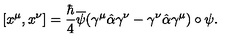
[ x ^ { \mu } , x ^ { \nu } ] = \frac { \hbar } { 4 } \overline { { \psi } } ( \gamma ^ { \mu } \hat { \alpha } \gamma ^ { \nu } - \gamma ^ { \nu } \hat { \alpha } \gamma ^ { \mu } ) \circ \psi .